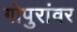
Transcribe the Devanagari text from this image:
गोपुरांवर